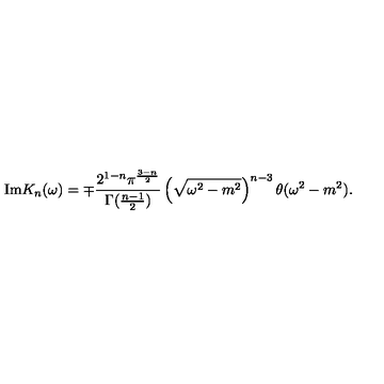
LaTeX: \mathrm { I m } K _ { n } ( \omega ) = \mp \frac { 2 ^ { 1 - n } \pi ^ { \frac { 3 - n } { 2 } } } { \Gamma ( \frac { n - 1 } { 2 } ) } \left( \sqrt { \omega ^ { 2 } - m ^ { 2 } } \right) ^ { n - 3 } \theta ( \omega ^ { 2 } - m ^ { 2 } ) .